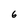
Character: 6